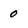
Character: 0